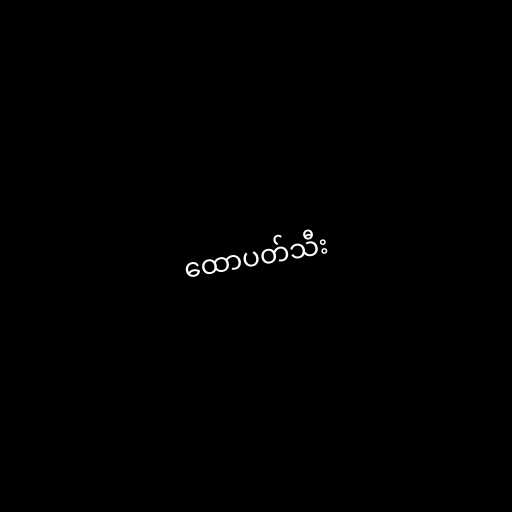
ထောပတ်သီး